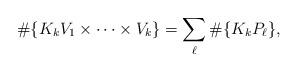
LaTeX: \begin{align*}\#\{K_kV_1\times \dotsb \times V_k\}=\sum_\ell \#\{K_kP_\ell\},\end{align*}